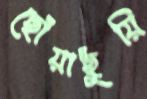
ছোঁয়াছুঁয়ি